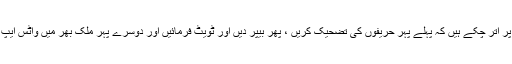
کیا وفاقی اور صوبائی وزراء کے لشکر اس لیے دھرتی پر اتر چکے ہیں کہ پہلے پہر حریفوں کی تضحیک کریں ، پھر بیپر دیں اور ٹویٹ فرمائیں اور دوسرے پہر ملک بھر میں واٹس ایپ فرماتے رہیں کہ آج ہمارے کمالات کی یہ فہرست ہے؟